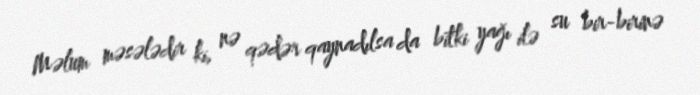
Məlum məsələdir ki, nə qədər qaynadılsa da bitki yağı ilə su bir-birinə